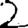
Digit: 2